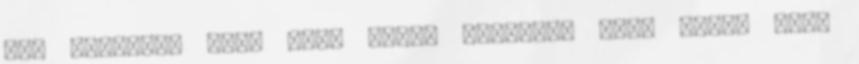
sex hardcore sex, nagy fasz, blowjob, nagy mell, fasz